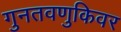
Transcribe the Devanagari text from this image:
गुनतवणुकिवर